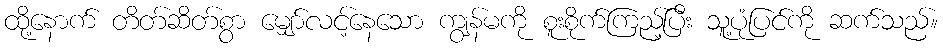
ထို့နောက် တိတ်ဆိတ်စွာ မျှော်လင့်နေသော ကျွန်မကို စူးစိုက်ကြည့်ပြီး သူ့ပုံပြင်ကို ဆက်သည်။